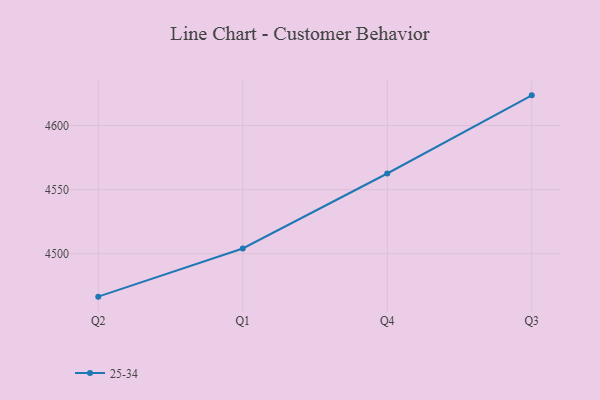
{"axis": {"x": "Quarter", "y": "Backlog"}, "legend": ["25-34"], "data": [{"x": "Q2", "y": 4466.5, "type": "25-34"}, {"x": "Q1", "y": 4504.1, "type": "25-34"}, {"x": "Q4", "y": 4562.6, "type": "25-34"}, {"x": "Q3", "y": 4623.6, "type": "25-34"}]}